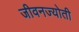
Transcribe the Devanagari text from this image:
जीवनज्योती